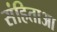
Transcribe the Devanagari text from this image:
संहिताआ